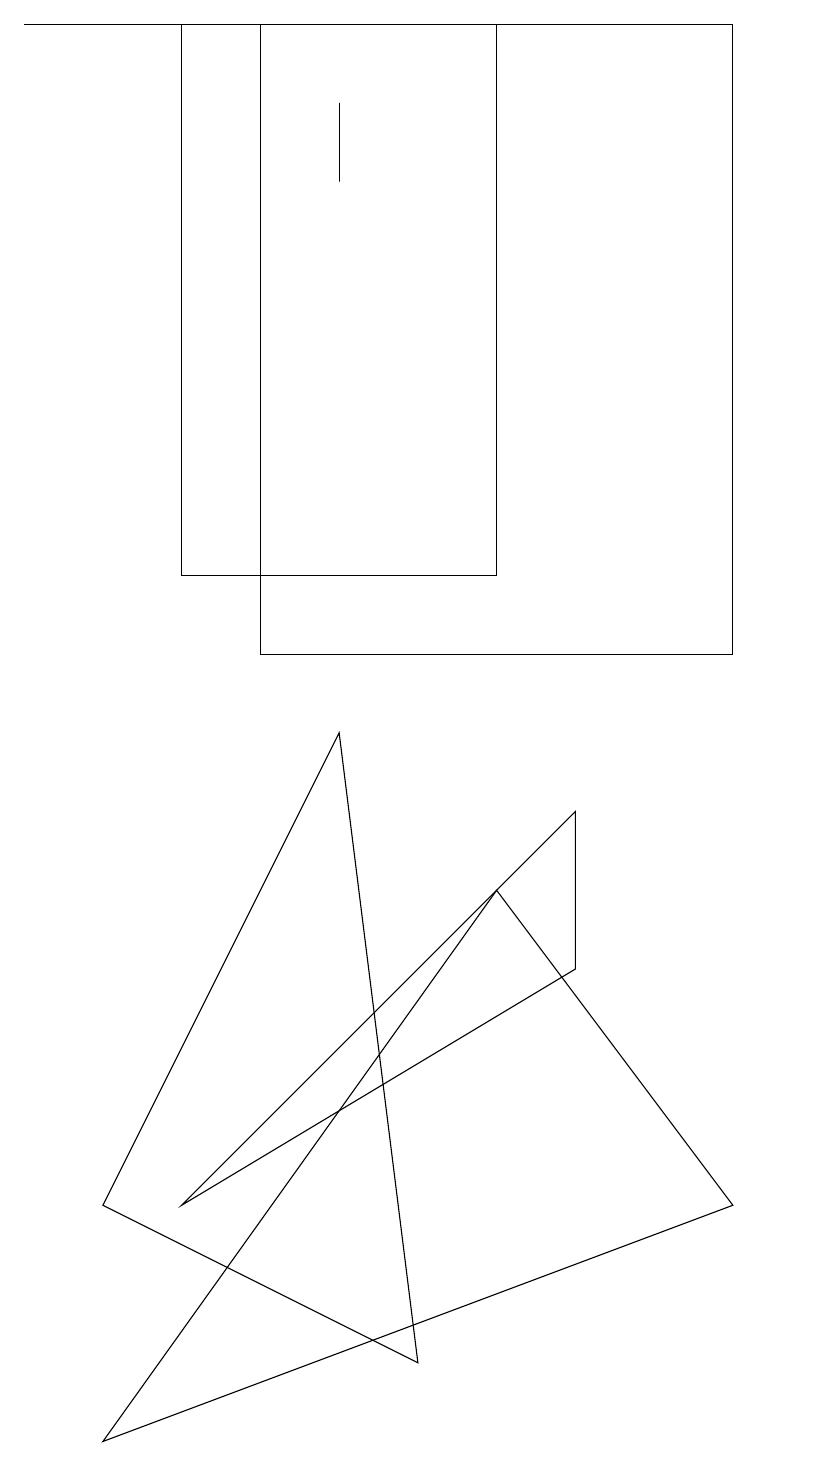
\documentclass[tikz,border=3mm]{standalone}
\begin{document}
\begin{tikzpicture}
\draw (1,3) -- (4,9) -- (5,1) -- cycle;
\draw (10,10) circle (0);
\draw (0,18) rectangle (5,18);
\draw (2,18) rectangle (6,11);
\draw (7,8) -- (2,3) -- (7,6) -- cycle;
\draw (3,18) rectangle (9,10);
\draw (4,16) rectangle (4,17);
\draw (1,0) -- (6,7) -- (9,3) -- cycle;
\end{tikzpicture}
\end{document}